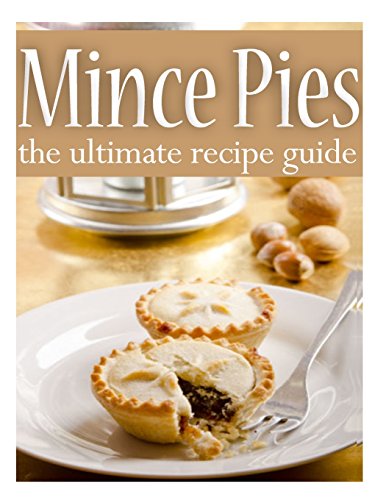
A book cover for MINCE PIES: The Ultimate Recipe Guide; Terri Smeethin; Cookbooks, Food & Wine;